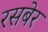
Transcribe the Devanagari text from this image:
रसबेर